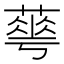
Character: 𦻏